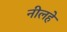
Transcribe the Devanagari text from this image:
नीलहे